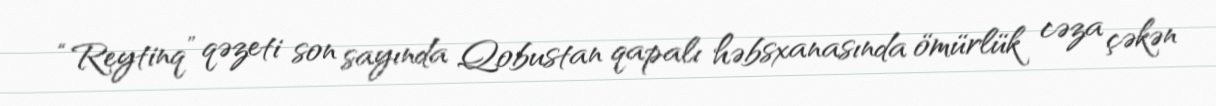
“Reytinq” qəzeti son sayında Qobustan qapalı həbsxanasında ömürlük cəza çəkən